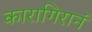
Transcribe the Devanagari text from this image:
कारागिरानं